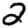
Digit: 2